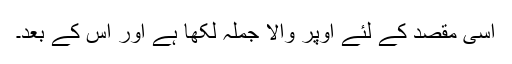
اسی مقصد کے لئے اوپر والا جملہ لکھا ہے اور اس کے بعد۔